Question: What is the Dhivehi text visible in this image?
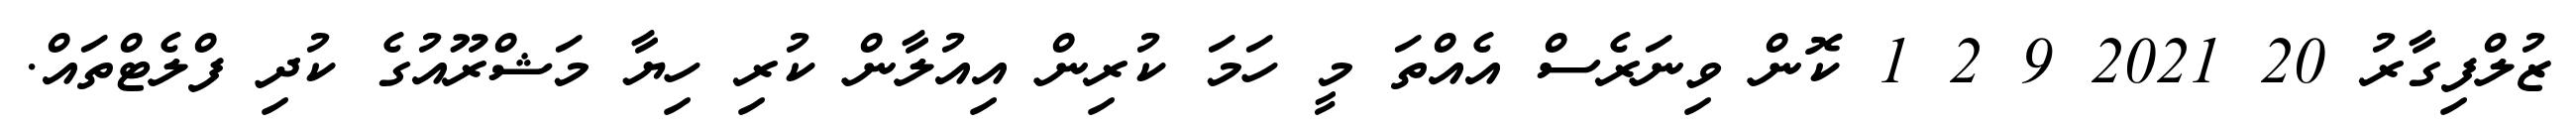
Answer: ޒުލްފިގާރު 20 2021 9 2 1 ކޮން ވިނަރެސް އެއްތަ މީ ހަމަ ކުރިން އިއުލާން ކުރި ހިޔާ މަޝްރޫއުގެ ކުދި ފްލެޓްތައް.